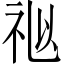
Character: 𥙩